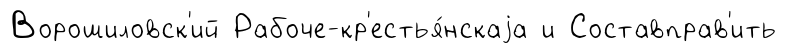
Ворошиловск'ий Рабоче-кр'естья́нскаjа и Составправ'ить